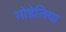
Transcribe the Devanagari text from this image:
गोडेतिया